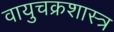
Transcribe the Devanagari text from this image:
वायुचक्रशास्त्र